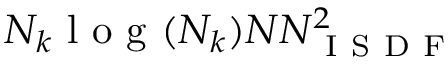
N _ { k } \mathrm { ~ l ~ o ~ g ~ } ( N _ { k } ) N N _ { \mathrm { ~ I ~ S ~ D ~ F ~ } } ^ { 2 }